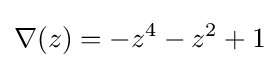
\nabla (z)=-z^{4}-z^{2}+1